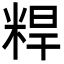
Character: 𬖝